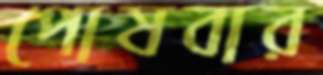
পোষবার